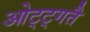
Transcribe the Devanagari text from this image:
ओट्ट्गतै